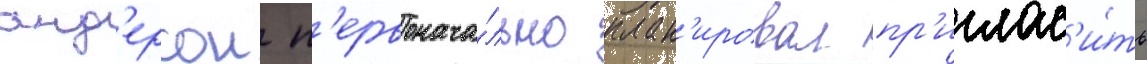
анд'ерсон п'ервонача́льно план'ировал пр'иглас'и́ть